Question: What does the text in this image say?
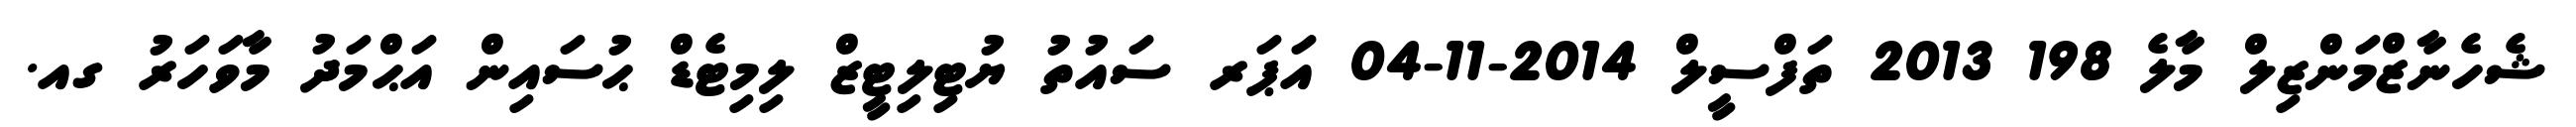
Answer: ޝެހެނާޒްމަންޒިލް މާލެ 198 2013 ތަފްސީލް 2014-11-04 އަޕަރ ސައުތު ޔުޓިލިޓީޒް ލިމިޓެޑް ޙުސައިން އަޙްމަދު މާވަހަރު ގއ.